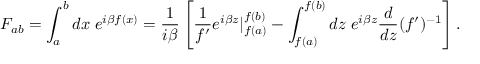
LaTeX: F _ { a b } = \int _ { a } ^ { b } d x \; e ^ { i \beta f ( x ) } = \frac { 1 } { i \beta } \left[ \frac { 1 } { f { ' } } e ^ { i \beta z } | _ { f ( a ) } ^ { f ( b ) } - \int _ { f ( a ) } ^ { f ( b ) } d z \; e ^ { i \beta z } \frac { d } { d z } ( f { ' } ) ^ { - 1 } \right] .